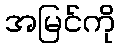
အမြင်ကို